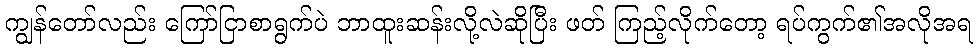
ကျွန်တော်လည်း ကြော်ငြာစာရွက်ပဲ ဘာထူးဆန်းလို့လဲဆိုပြီး ဖတ် ကြည့်လိုက်တော့ ရပ်ကွက်၏အလိုအရ